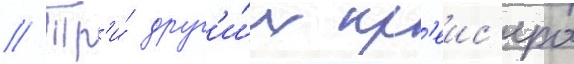
// Тр'и́ друг'и́х кр'еис'ера